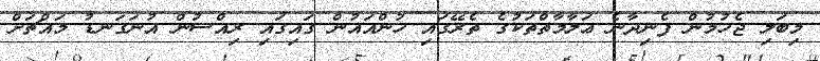
މިބަލި ޖެހުމުން ފެނިދާނެ ޢަލާމާތްތަކުގެ ތެރޭގައި ހުންއައުން ގައިގައި ރިއްސުން އުނަގަނޑު މައްޗަށް